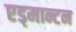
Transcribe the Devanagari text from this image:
एड्मान्टन